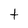
Character: t